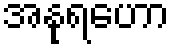
အနုရဟော